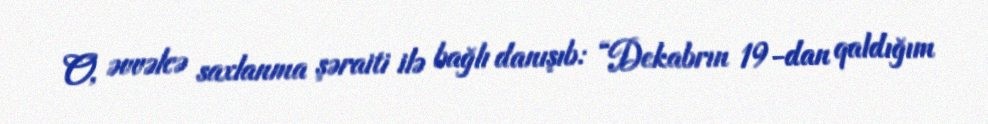
O, əvvəlcə saxlanma şəraiti ilə bağlı danışıb: “Dekabrın 19-dan qaldığım